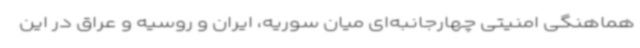
هماهنگی امنیتی چهارجانبه‌ای میان سوریه، ایران و روسیه و عراق در این